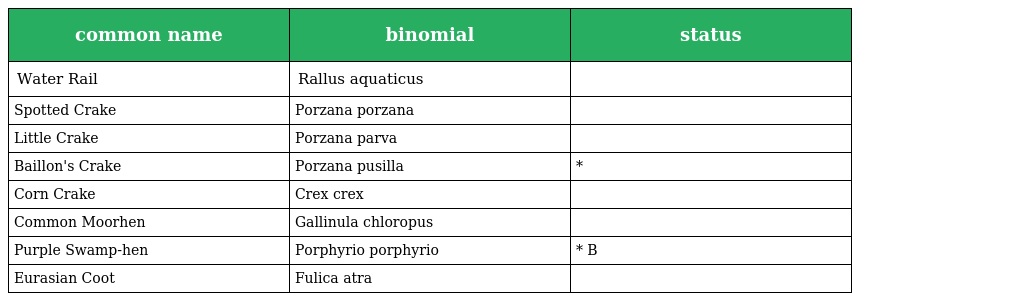
| common name | binomial | status |
 | --- | --- | --- |
 | Water Rail | Rallus aquaticus |  |
 | Spotted Crake | Porzana porzana |  |
 | Little Crake | Porzana parva |  |
 | Baillon's Crake | Porzana pusilla | * |
 | Corn Crake | Crex crex |  |
 | Common Moorhen | Gallinula chloropus |  |
 | Purple Swamp-hen | Porphyrio porphyrio | * B |
 | Eurasian Coot | Fulica atra |  |